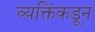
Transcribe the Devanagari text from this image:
व्यक्तिंकडून